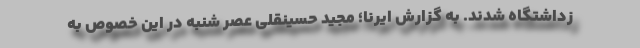
زداشتگاه شدند. به گزارش ایرنا؛ مجید حسینقلی عصر شنبه در این خصوص به